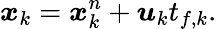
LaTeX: \boldsymbol{x}_{k}=\boldsymbol{x}_{k}^{n}+\boldsymbol{u}_{k}t_{f,k}.